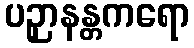
ပဉှာနန္တကရော